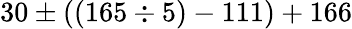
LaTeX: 30\pm((165\div 5)-111)+166